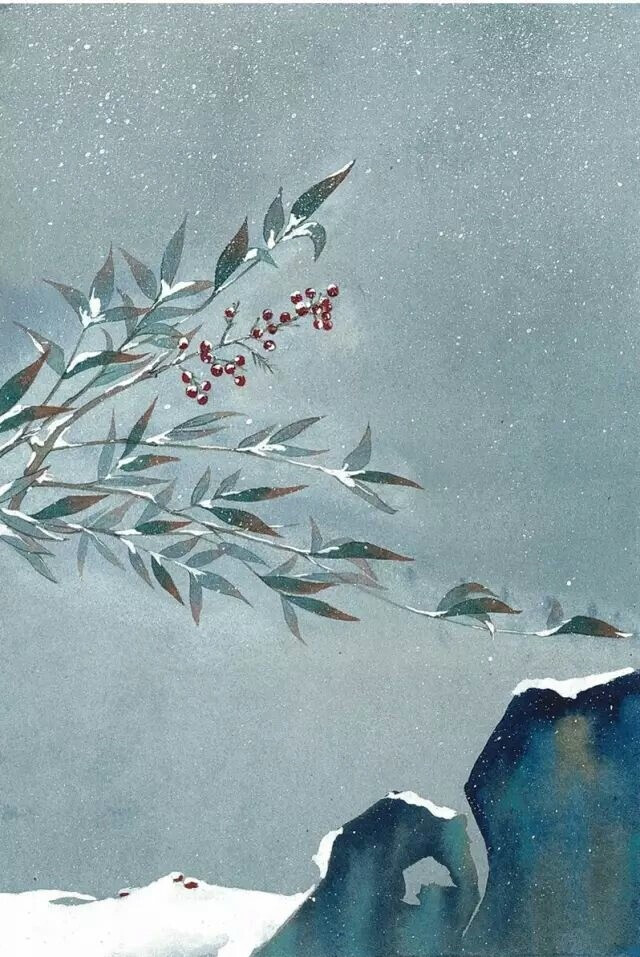
皑如山上雪，皎若云间月。